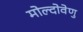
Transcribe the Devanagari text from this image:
मोल्दोवेणु